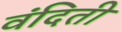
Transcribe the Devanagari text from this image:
वंदिती